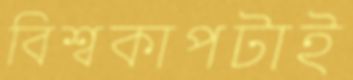
বিশ্বকাপটাই